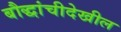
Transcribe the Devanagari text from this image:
बौद्धांचीदेखील